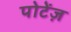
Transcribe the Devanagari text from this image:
पोटेंज़